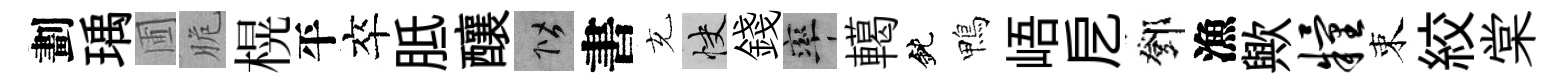
劃瑀圃脆榥平卒胝釀階書充快錢率轕鈍鴨峿戹鄧漁歟粮束絞棠